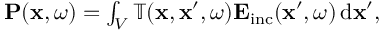
\begin{array} { r } { \mathbf { P } ( \mathbf { x } , \omega ) = \int _ { V } \mathbb { T } ( \mathbf { x } , \mathbf { x } ^ { \prime } , \omega ) \mathbf { E } _ { \mathrm { i n c } } ( \mathbf { x } ^ { \prime } , \omega ) \, \mathrm { d } \mathbf { x } ^ { \prime } , } \end{array}